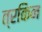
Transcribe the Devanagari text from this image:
त्रकिन